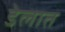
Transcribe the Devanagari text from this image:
डेलात